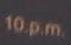
10